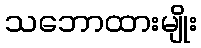
သဘောထားမျိုး